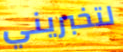
لتخبريني